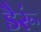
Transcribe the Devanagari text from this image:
डैरूं